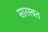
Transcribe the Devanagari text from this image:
सारस्बत